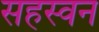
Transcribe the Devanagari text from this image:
सहस्वन